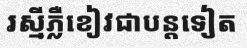
រស្មីភ្លឺខៀវជាបន្តទៀត